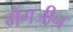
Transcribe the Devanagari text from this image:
मैंगजीन